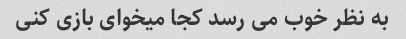
به نظر خوب می رسد کجا میخوای بازی کنی